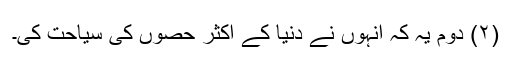
(۲) دوم یہ کہ انہوں نے دنیا کے اکثر حصوں کی سیاحت کی۔